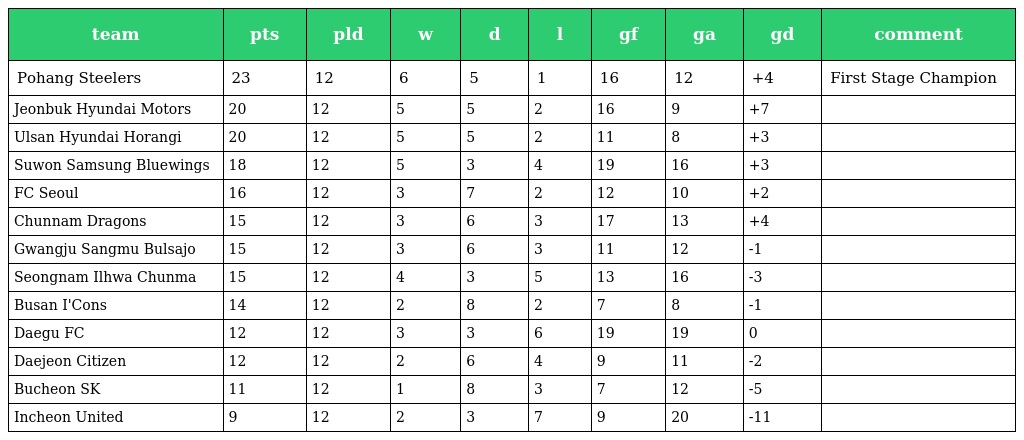
| team | pts | pld | w | d | l | gf | ga | gd | comment |
 | --- | --- | --- | --- | --- | --- | --- | --- | --- | --- |
 | Pohang Steelers | 23 | 12 | 6 | 5 | 1 | 16 | 12 | +4 | First Stage Champion |
 | Jeonbuk Hyundai Motors | 20 | 12 | 5 | 5 | 2 | 16 | 9 | +7 |  |
 | Ulsan Hyundai Horangi | 20 | 12 | 5 | 5 | 2 | 11 | 8 | +3 |  |
 | Suwon Samsung Bluewings | 18 | 12 | 5 | 3 | 4 | 19 | 16 | +3 |  |
 | FC Seoul | 16 | 12 | 3 | 7 | 2 | 12 | 10 | +2 |  |
 | Chunnam Dragons | 15 | 12 | 3 | 6 | 3 | 17 | 13 | +4 |  |
 | Gwangju Sangmu Bulsajo | 15 | 12 | 3 | 6 | 3 | 11 | 12 | -1 |  |
 | Seongnam Ilhwa Chunma | 15 | 12 | 4 | 3 | 5 | 13 | 16 | -3 |  |
 | Busan I'Cons | 14 | 12 | 2 | 8 | 2 | 7 | 8 | -1 |  |
 | Daegu FC | 12 | 12 | 3 | 3 | 6 | 19 | 19 | 0 |  |
 | Daejeon Citizen | 12 | 12 | 2 | 6 | 4 | 9 | 11 | -2 |  |
 | Bucheon SK | 11 | 12 | 1 | 8 | 3 | 7 | 12 | -5 |  |
 | Incheon United | 9 | 12 | 2 | 3 | 7 | 9 | 20 | -11 |  |